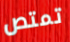
تمتص